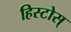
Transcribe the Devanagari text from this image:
हिस्टोस्‌